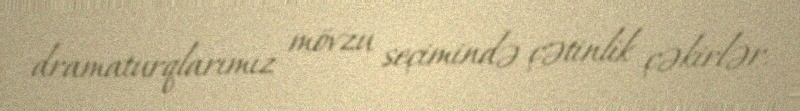
dramaturqlarımız mövzu seçimində çətinlik çəkirlər.